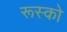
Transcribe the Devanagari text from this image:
रूस्को